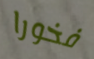
فخورا